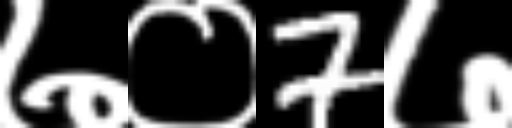
Text: ७०7७